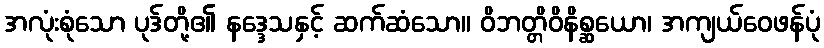
အလုံးစုံသော ပုဒ်တို့၏ နဒ္ဒေသနှင့် ဆက်ဆံသော။ ဝိဘတ္တိဝိနိစ္ဆယော၊ အကျယ်ဝေဖန်ပုံ